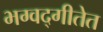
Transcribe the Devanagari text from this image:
भग्वद्गीतेत